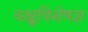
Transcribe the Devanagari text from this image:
चक्षुविशेषज्ञ